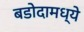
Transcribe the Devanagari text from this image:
बडोदामध्ये